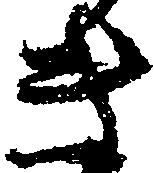
き